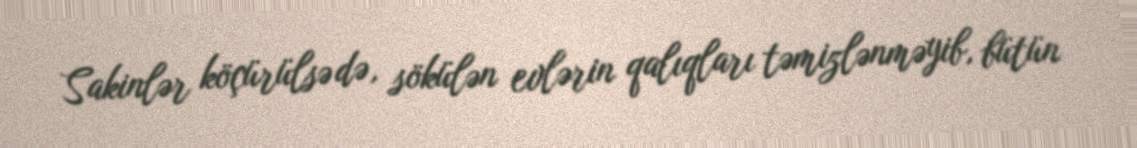
Sakinlər köçürülsə də, sökülən evlərin qalıqları təmizlənməyib, bütün